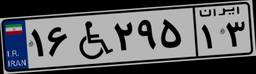
۱۶W۲۹۵۱۳